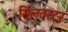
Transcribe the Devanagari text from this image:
सिलवस्टर